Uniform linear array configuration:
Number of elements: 24
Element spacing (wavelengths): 0.5
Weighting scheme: binomial
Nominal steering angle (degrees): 30
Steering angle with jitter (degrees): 30.777
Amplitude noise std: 0.05
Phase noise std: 0.05

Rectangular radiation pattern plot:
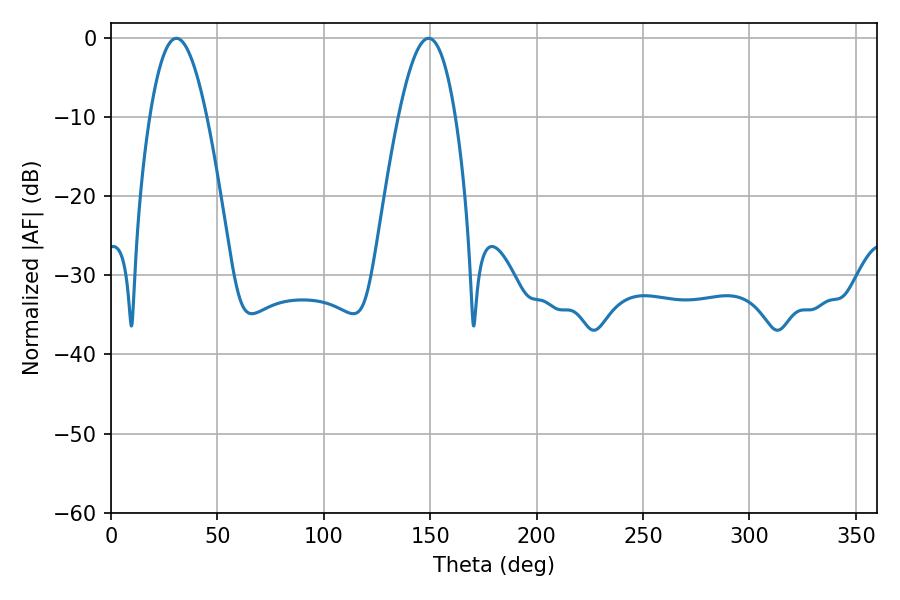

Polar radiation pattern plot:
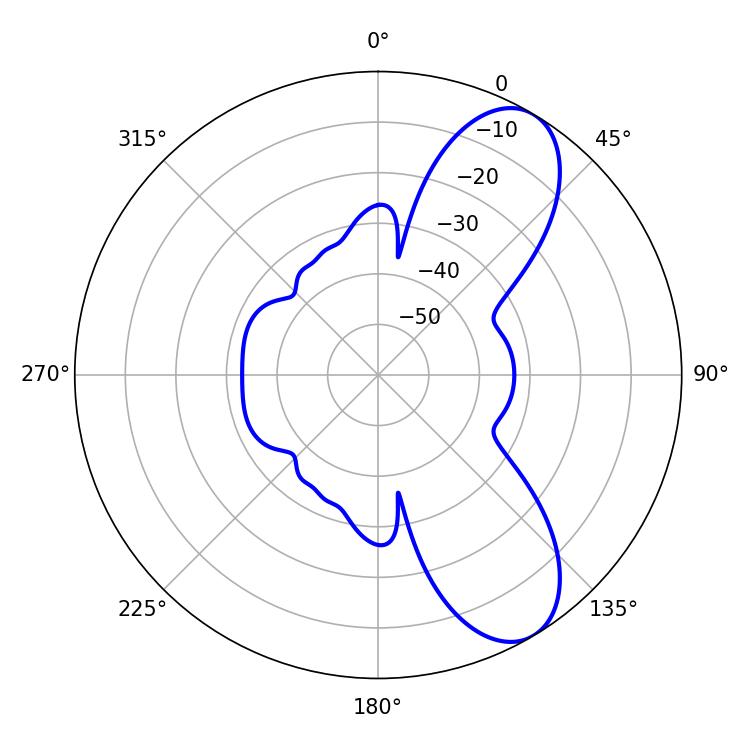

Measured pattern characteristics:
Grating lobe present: FALSE
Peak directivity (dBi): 8.495
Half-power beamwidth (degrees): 14.58
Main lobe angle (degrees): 30.78